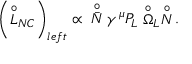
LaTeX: \left( \stackrel { \circ } { L } _ { N C } \right) _ { l e f t } \propto \; \; \stackrel { \circ } { \bar { N } } \gamma ^ { \mu } P _ { L } \stackrel { \circ } { \Omega } _ { L } \stackrel { \circ } { N } .